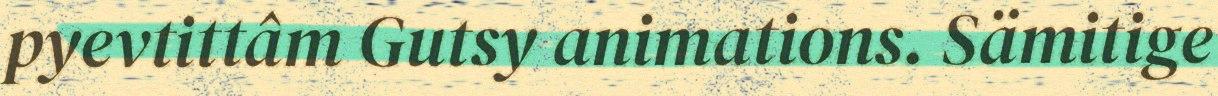
pyevtittâm Gutsy animations. Sämitige